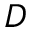
D